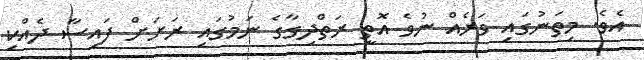
އެވެ. މިތަނުގައި ވަރެއް ނުވެ އޮތީ ރަތްދިގާގެ ނަމުގައި ރަށަށް ފައިސާ ދެއްކި